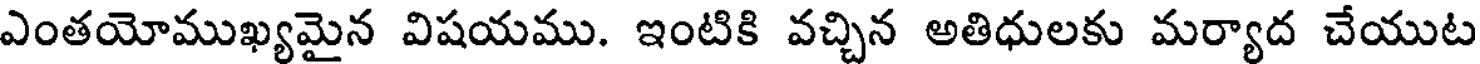
ఎంతయోముఖ్యమైన విషయము. ఇంటికి వచ్చిన అతిధులకు మర్యాద చేయుట